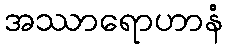
အဿာရောဟာနံ